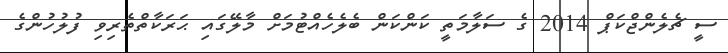
ސީ ޗެލެންޖްކަޕް 2014 ގެ ސަލާމަތީ ކަންކަން ބެލެހެއްޓުމަށް މާލޭގައި ޙަރަކާތްތެރިވި ފުލުހުންގެ